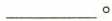
___。